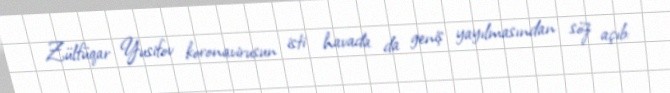
Zülfüqar Yusifov koronavirusun isti havada da geniş yayılmasından söz açıb: